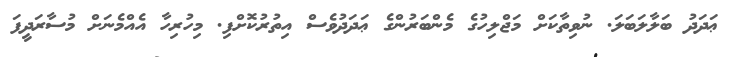
ޢަދަދު ބަލާލަބަލަ. ނުވިތާކަށް މަޖްލިހުގެ މެންބަރުންގެ ޢަދަދުވެސް އިތުރުކޮށްފި. މިހުރިހާ އެއްމެނަށް މުސާރަދީފަ